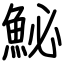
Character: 鮅